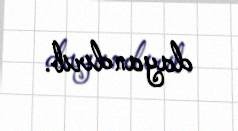
dayandırıb.